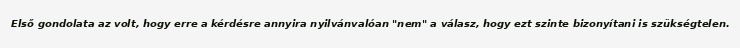
Első gondolata az volt, hogy erre a kérdésre annyira nyilvánvalóan "nem" a válasz, hogy ezt szinte bizonyítani is szükségtelen.